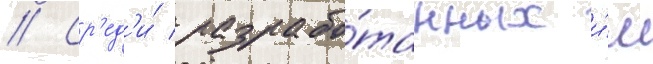
// Ср'ед'и́ разрабо́танных и́м